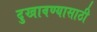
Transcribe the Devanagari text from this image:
दुखावण्यासाठी